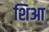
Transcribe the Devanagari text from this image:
शिआ